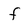
Character: f